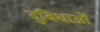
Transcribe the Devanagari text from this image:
दुबिधाओं